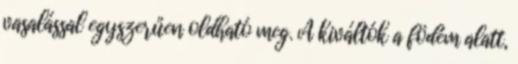
vasalással egyszerűen oldható meg. A kiváltók a födém alatt,